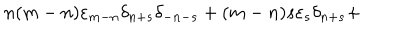
LaTeX: n ( m - n ) { \varepsilon } _ { m - n } { \delta } _ { n + s } { \delta } _ { - n - s } + ( m - n ) s { \varepsilon } _ { s } { \delta } _ { n + s } +